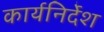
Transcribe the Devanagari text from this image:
कार्यनिर्देश